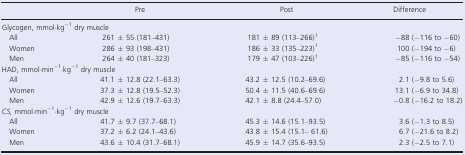
<table><thead><tr><td></td><td><b>Pre</b></td><td><b>Post</b></td><td><b>Difference</b></td></tr></thead><tbody><tr><td colspan="4">Glycogen, mmol·kg<sup>−1</sup> dry muscle</td></tr><tr><td>All</td><td>261 ± 55 (181–431)</td><td>181 ± 89 (113–266)a</td><td>−88 (−116 to −60)</td></tr><tr><td>Women</td><td>286 ± 93 (198–431)</td><td>186 ± 33 (135–223)a</td><td>100 (−194 to −6)</td></tr><tr><td>Men</td><td>264 ± 40 (181–323)</td><td>179 ± 47 (103–226)a</td><td>−85 (−116 to −54)</td></tr><tr><td colspan="4">HAD, mmol·min<sup>−1</sup>·kg<sup>−1</sup> dry muscle</td></tr><tr><td>All</td><td>41.1 ± 12.8 (22.1–63.3)</td><td>43.2 ± 12.5 (10.2–69.6)</td><td>2.1 (−9.8 to 5.6)</td></tr><tr><td>Women</td><td>37.3 ± 12.8 (19.5–52.3)</td><td>50.4 ± 11.5 (40.6–69.6)</td><td>13.1 (−6.9 to 34.8)</td></tr><tr><td>Men</td><td>42.9 ± 12.6 (19.7–63.3)</td><td>42.1 ± 8.8 (24.4–57.0)</td><td>−0.8 (−16.2 to 18.2)</td></tr><tr><td colspan="4"><i>CS,</i> mmol·min<sup>−1</sup>·kg<sup>−1</sup> dry muscle</td></tr><tr><td>All</td><td>41.7 ± 9.7 (37.7–68.1)</td><td>45.3 ± 14.6 (15.1–93.5)</td><td>3.6 (−1.3 to 8.5)</td></tr><tr><td>Women</td><td>37.2 ± 6.2 (24.1–43.6)</td><td>43.8 ± 15.4 (15.1– 61.6)</td><td>6.7 (−21.6 to 8.2)</td></tr><tr><td>Men</td><td>43.6 ± 10.4 (31.7–68.1)</td><td>45.9 ± 14.7 (35.6–93.5)</td><td>2.3 (−2.5 to 7.1)</td></tr></tbody></table>